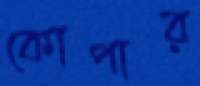
কোপার